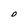
Character: 0